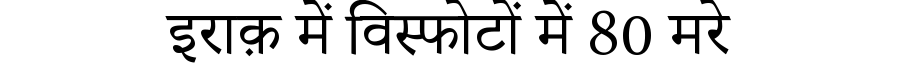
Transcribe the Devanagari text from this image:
इराक़ में विस्फोटों में 80 मरे